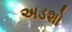
અડશો